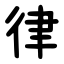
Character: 律